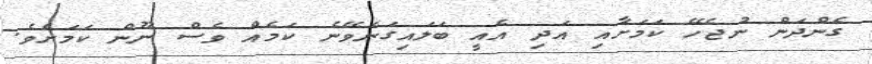
ގެންދަން ނުޖެހޭ ކަމަށާއި އަދި އެއީ ބަލައިގަނެވޭނެ ކަމެއް ވެސް ނޫން ކަމަށެވެ.